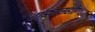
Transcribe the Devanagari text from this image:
तांड्यासहीत